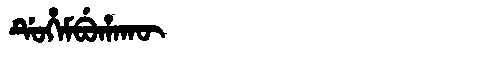
Manchu: ᡩᡠᡥᡝᠮᠪᡠᡥᠠᡴᡡ
Romanization: DUHEMBUHAKŪ